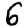
Digit: 6